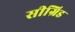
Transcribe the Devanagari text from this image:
सीग्रिड